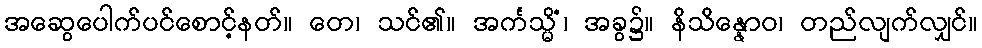
အဆွေပေါက်ပင်စောင့်နတ်။ တေ၊ သင်၏။ အင်္ကသ္မိံ၊ အခွ၌။ နိသိန္နောဝ၊ တည်လျက်လျှင်။